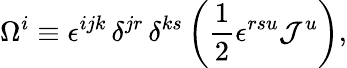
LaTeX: \Omega^{i}\equiv\epsilon^{ijk}\, \delta^{jr}\, \delta^{ks}\left(\frac{1}{2}\epsilon^{rsu}{\cal J}^{u}\right),